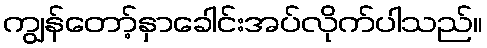
ကျွန်တော့်နှာခေါင်းအပ်လိုက်ပါသည်။